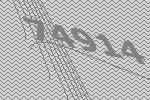
74914